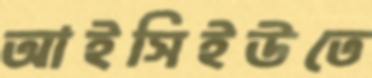
আইসিইউতে